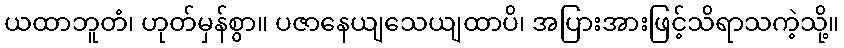
ယထာဘူတံ၊ ဟုတ်မှန်စွာ။ ပဇာနေယျသေယျထာပိ၊ အပြားအားဖြင့်သိရာသကဲ့သို့။